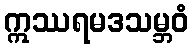
ဣဿရမဒသမ္ဘဝံ